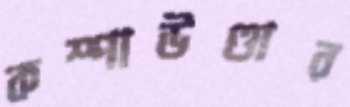
কম্পাউণ্ডার